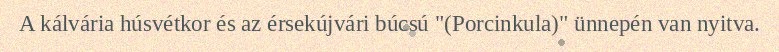
A kálvária húsvétkor és az érsekújvári búcsú "(Porcinkula)" ünnepén van nyitva.